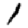
Digit: 1